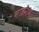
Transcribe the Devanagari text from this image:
नाइनर्स